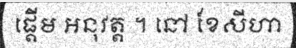
ផ្តើម អនុវត្ត ។ នៅ ខែសីហា